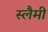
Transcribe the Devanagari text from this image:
स्लैमी